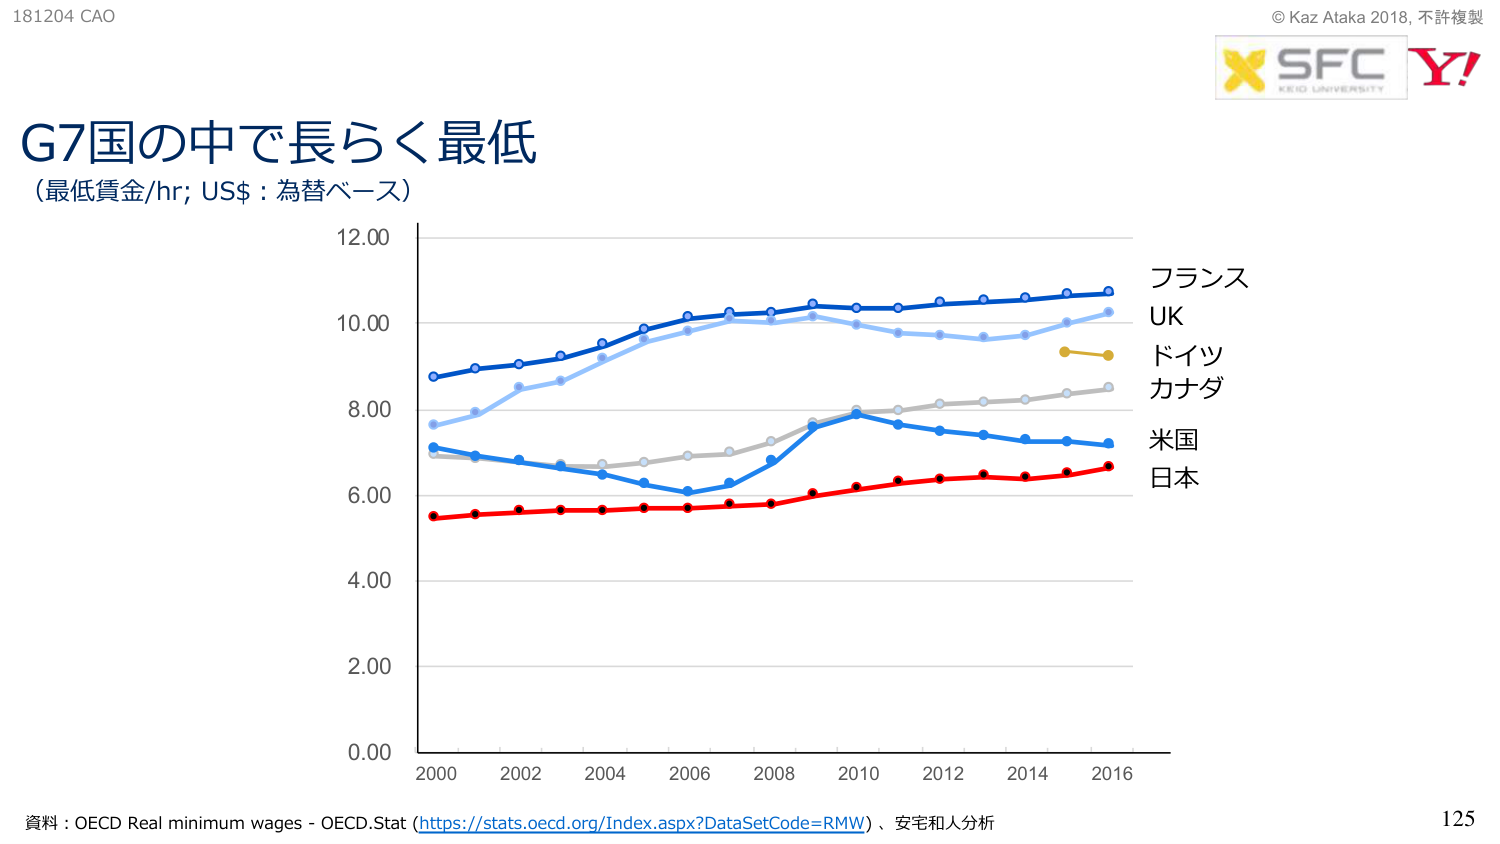
181204 CAO
G7国の中で長らく最低
（最低賃金/hr; US$：為替ベース）
12.00
10.00
8.00
6.00
4.00
2.00
0.00
2000 2002 2004 2006 2008 2010 2012 2014 2016
フランス
UK
ドイツ
カナダ
米国
日本
© Kaz Ataka 2018, 不許複製
SFC
KEIO UNIVERSITY
Y!
資料：OECD Real minimum wages - OECD.Stat (https://stats.oecd.org/Index.aspx?DataSetCode=RMW)、安宅和人分析
125